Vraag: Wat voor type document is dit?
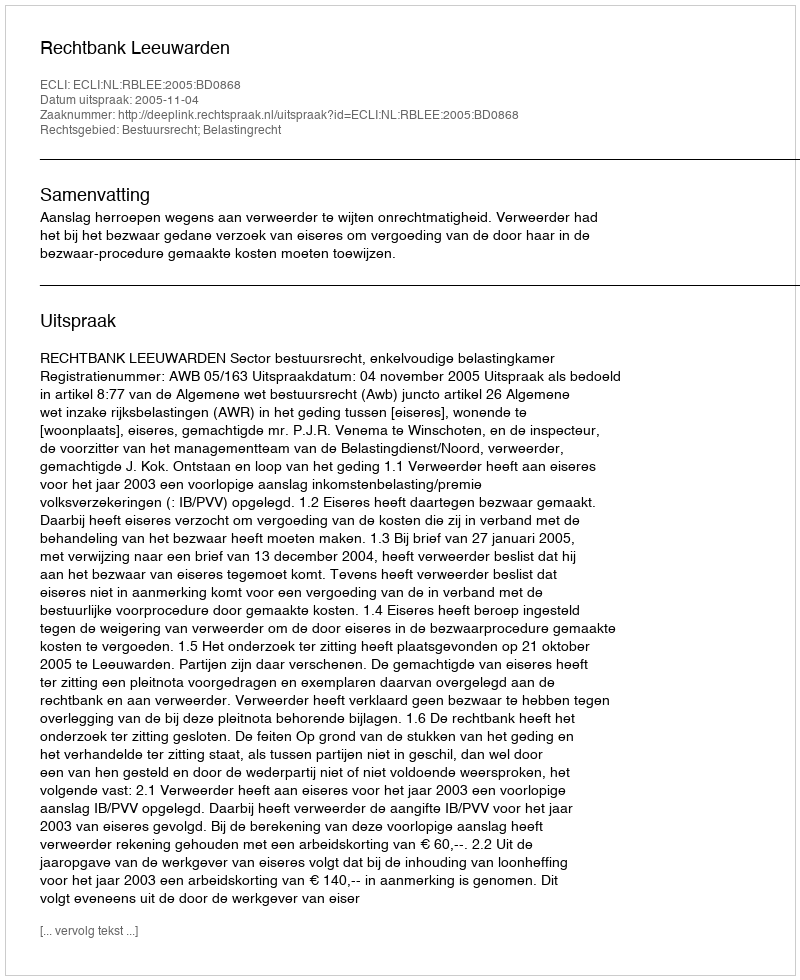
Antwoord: Uitspraak